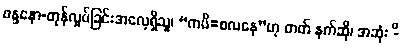
ဖန္ဒနော-တုန်လှုပ်ခြင်းအလေ့ရှိသူ၊ “ကပိ=စလနေ”ဟု ဓာတ် နက်ဆို၊ အဆုံး -ိ